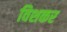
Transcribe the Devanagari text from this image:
विशकर